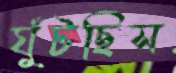
ঘুঁটছিস